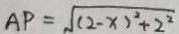
A P = \sqrt { ( 2 - x ) ^ { 2 } + 2 ^ { 2 } }